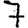
Digit: 7